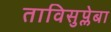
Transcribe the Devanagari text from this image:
ताविसुप्लेबा